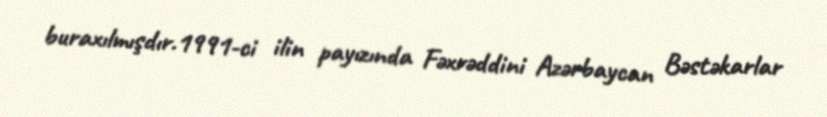
buraxılmışdır.1991-ci ilin payızında Fəxrəddini Azərbaycan Bəstəkarlar